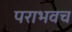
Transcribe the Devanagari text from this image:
पराभवच